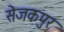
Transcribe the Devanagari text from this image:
सेजकपुर